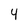
Character: 4